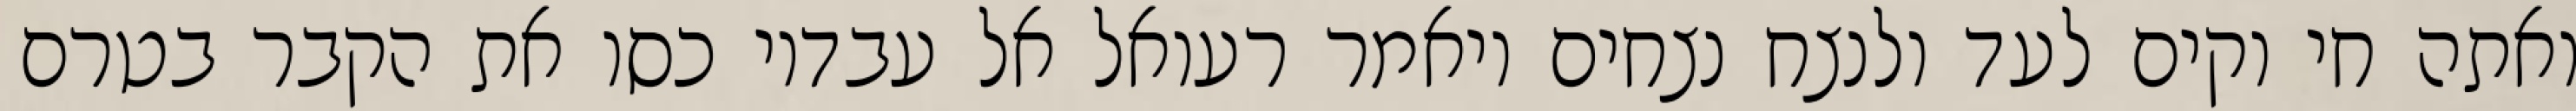
ואתה חי וקים לעד ולנצח נצחים ויאמר רעואל אל עבדיו כסו את הקבר בטרם